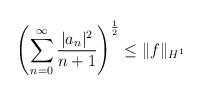
LaTeX: \begin{align*} \left(\sum_{n=0}^\infty \frac{|a_n|^2}{n+1}\right)^\frac{1}{2} \leq \|f\|_{H^1}\end{align*}